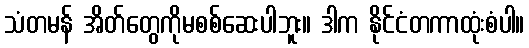
သံတမန် အိတ်တွေကိုမစစ်ဆေးပါဘူး။ ဒါက နိုင်ငံတကာထုံးစံပါ။